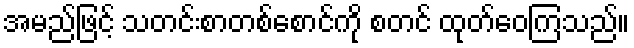
အမည်ဖြင့် သတင်းစာတစ်စောင်ကို စတင် ထုတ်ဝေကြသည်။